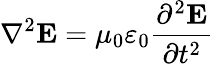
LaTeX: \nabla^{2}\mathbf{E}=\mu_{0}\varepsilon_{0}{\frac{\partial^{2}\mathbf{E}}{\partial t^{2}}}